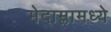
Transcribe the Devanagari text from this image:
मेदाम्लामध्ये